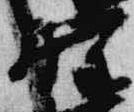
野